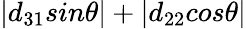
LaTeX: \left|d_{31}sin\theta\right|+\left|d_{22}cos\theta\right|